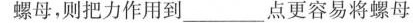
螺母，则把力作用到 ___ 点更容易将螺母